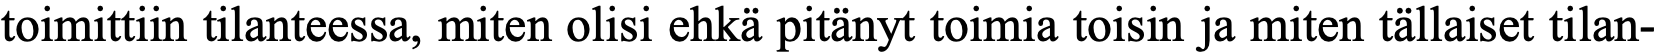
toimittiin tilanteessa, miten olisi ehkä pitänyt toimia toisin ja miten tällaiset tilan-